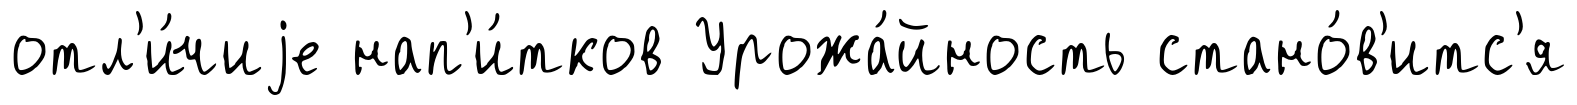
отл'и́чиjе нап'и́тков Урожа́йность стано́в'итс'я